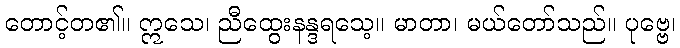
တောင့်တ၏။ ဣသေ၊ ညီထွေးနန္ဒရသေ့။ မာတာ၊ မယ်တော်သည်။ ပုဗ္ဗေ၊